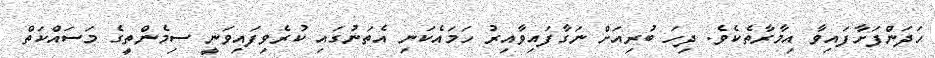
ހަދަންފަށާފައިވާ އިމާރާތެކެވެ. ދިހަ ބުރިއަށް ނަގާފައިވާއިރު ހަމައެކަނި އެތަނުގައި ކުރެވިފައިވަނީ ސިމެންތީގެ މަސައްކަތް